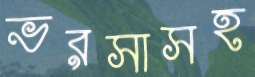
ভরসাসহ